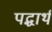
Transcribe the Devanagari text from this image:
पद्धार्थ